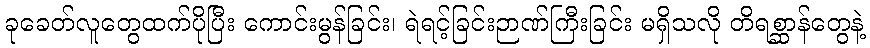
ခုခေတ်လူတွေထက်ပိုပြီး ကောင်းမွန်ခြင်း၊ ရဲရင့်ခြင်းဉာဏ်ကြီးခြင်း မရှိသလို တိရစ္ဆာန်တွေနဲ့